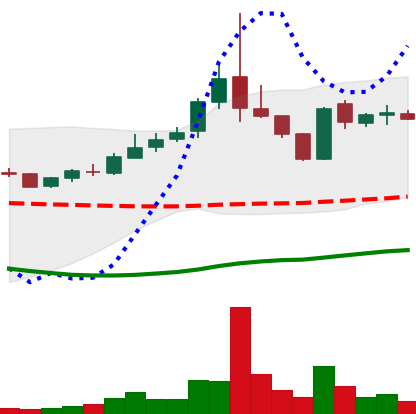
Ticker: TRX-USD
Chart end date: 2019-01-18
Forward return: 7.08%
Label: up_7plus